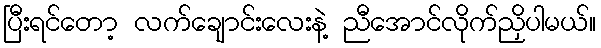
ပြီးရင်တော့ လက်ချောင်းလေးနဲ့ ညီအောင်လိုက်ညှိပါမယ်။